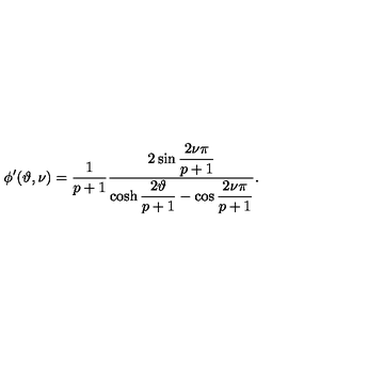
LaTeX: \phi ^ { \prime } ( \vartheta , \nu ) = \displaystyle \frac { 1 } { p + 1 } \displaystyle \frac { 2 \sin \displaystyle \frac { 2 \nu \pi } { p + 1 } } { \cosh \displaystyle \frac { 2 \vartheta } { p + 1 } - \cos \displaystyle \frac { 2 \nu \pi } { p + 1 } } .